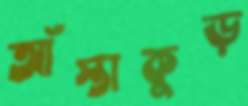
আঁস্তাকুড়